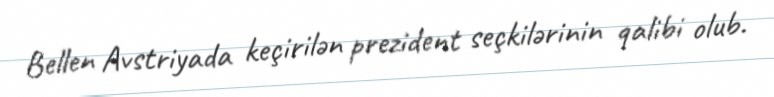
Bellen Avstriyada keçirilən prezident seçkilərinin qalibi olub.